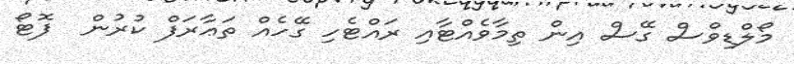
މޯލްޑިވްސް ގޭސް އިން ތިމާވެއްޓާއި ރައްޓެހި ގޭހެއް ތަޢާރަފް ކުރުން  ފޮޓޯ